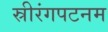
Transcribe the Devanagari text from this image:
स्रीरंगपटनम